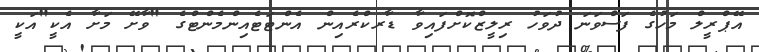
އޭޕްރީލް މަހުގެ ފަސްވަނަ ދުވަހު ރިލީޒްކޮށްފައިވާ ޑާރކްރެއިން އެންޓަޓެއިންމެންޓްގެ "ވާށޭ މަށާ އެކީ"އަކީ